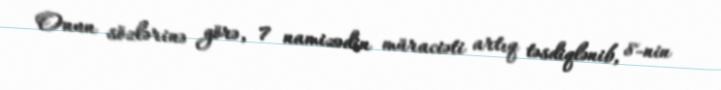
Onun sözlərinə görə, 7 namizədin müraciəti artıq təsdiqlənib, 8-nin